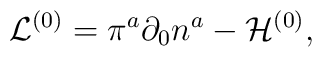
{\cal L}^{(0)} = \pi^{a}\partial_0{n}^a - {\cal H}^{(0)},